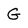
Character: G